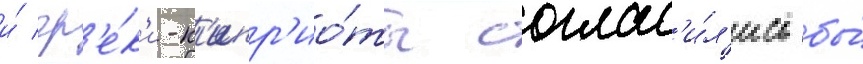
и́ гр'е́к'и-к'ипр'ио́ты соглас'и́л'ись бы́